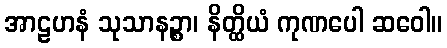
အာဠဟနံ သုသာနဉ္စာ၊ နိတ္ထိယံ ကုဏပေါ ဆဝေါ။